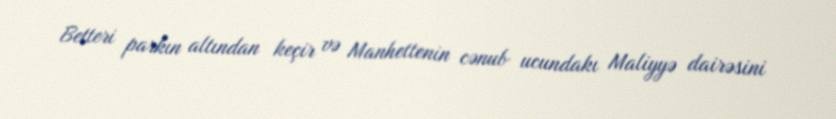
Betteri parkın altından keçir və Manhettenin cənub ucundakı Maliyyə dairəsini